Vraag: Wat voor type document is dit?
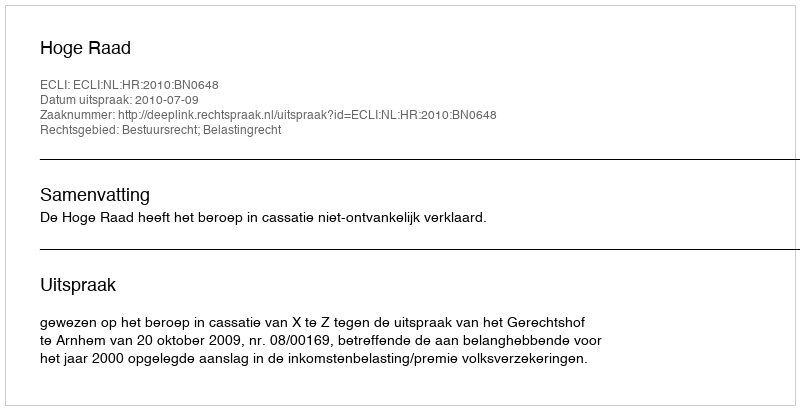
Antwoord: Uitspraak